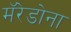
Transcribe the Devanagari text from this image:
मॅरेडोना